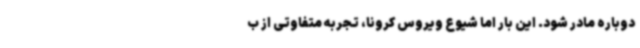
دوباره مادر شود. این بار اما شیوع ویروس کرونا، تجربه متفاوتی از ب